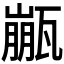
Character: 𱰏